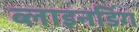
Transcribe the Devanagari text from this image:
ब्लाइनडिंग